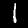
Digit: 1